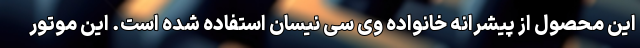
این محصول از پیشرانه خانواده وی سی نیسان استفاده شده است. این موتور